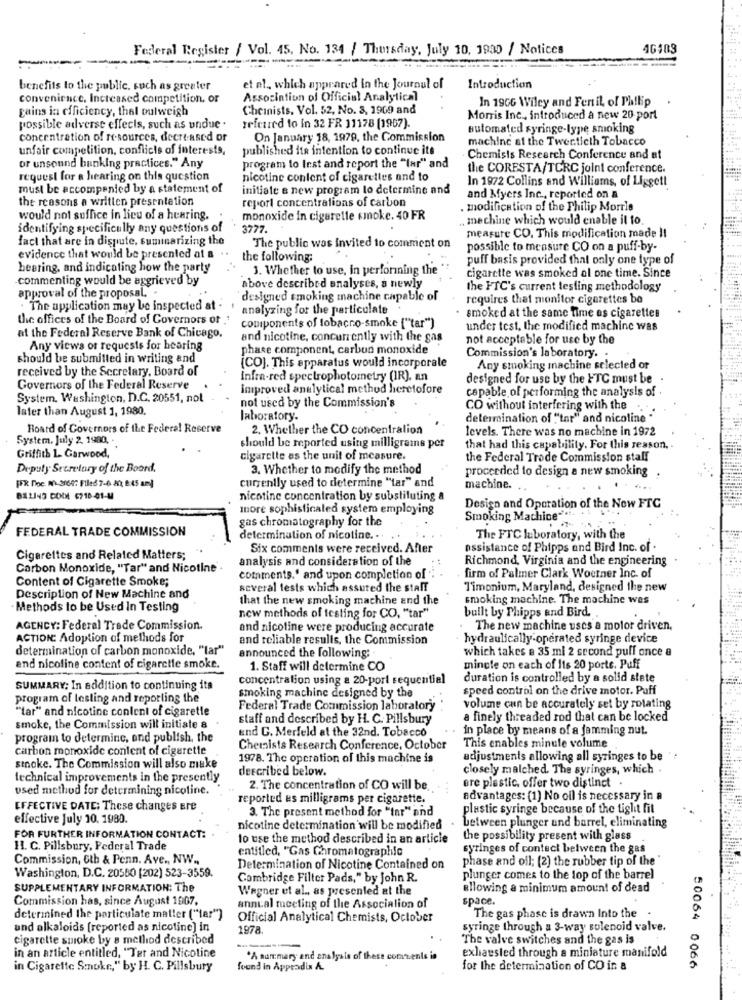
Federal Register / Vol. 45. No. 134 / Thursday, July 10, 1930 / Notices
46103
-
------
benefits to the public, such as greater
et al ., which appeared in the Journal of
Introduction
convenience. Increased competition, or
Association of Official Analytical
In 1966 Wiley and Fertil, of Philip .
gains in efficiency, thal outweigh
Cheinists, Vol. 52, No. 3, 1969 and
Morris Inc ., introduced a new 20 port
possible adverse effects, such as undue .
referred to in 32 FR 11178 (1967).
automated syringe-type smoking
concentration of resources, decreased or
On January 18, 1979, the Commission
machine at the Twentieth Tobacco
unfair competition, conflicts of interests,
published its intention to continue its
or unsound banking practices." Any
Chemists Research Conference and af
program to Inst and report the "lar" and
the CORESTA/TCRC joint conference.
request for a hearing on this question
nicotine content of cigarettes and to
In 1972 Collins and Williams, of Liggett
must be accompanied by a statement of
initiale e new program to determine and
the reasons a written presentation
report concentrations of carbon
and Myers Inc ., reported on a
. modification of the Philip Morris
would not suffice in lieu of a hearing.
monoxide in cigarette smoke. 40 FR
. mechine which would enable il to.
identifying specifically any questions of
3777.
measure CO. This modification made Il
fact that are in dispute, cuminarizing the
The public was invited to comment on
possible to measure CO on a puff-by-
evidence that would be presented at a ..
the following:
puff basis provided that only one type of
hearing, and indicating how the party
3. Whether to use, in performing the
cigarette was smoked ol one time. Since
commenting would be aggrieved by
approval of the proposal. .
above described analyses, a newly
the FIC's current testing methodology
designed smoking machine capable of
requires that monitor cigarettes be
. The application may be inspected at .
analyzing for the particulate
the offices of the Board of Governors of '
smoked at the same time as cigarettes
at the Federal Reserve Bank of Chicago,
components of tobacco-smoke ["tar")
under test, the modified machine was
and nicotine, concurrently with the gas
not acceptable for use by the
Any views of requests for hearing
phase component, carbon monoxide
should be submitted in writing and
Commission's laboratory. .
received by the Secretary, Board of
(CO). This apparatus would incorporale
Any smoking machine selected or
Infra-red spectrophotometry (IR). an
designed for use by the FTC must be
Governors of the Federal Reserve
improved analytical method heretofore
capable of performing the analysis of
System, Washington, D.C. 20551, not
later than August 1, 1980.
not used by the Commission's
CO without interfering with the
laboratory.
determination of ""tar" and nicoline "
Board of Governors of the Federal Reserve
2. Whether the CO concentralion
levels. There was no machine in 1972
System. July 2. 1980,
should be reported using milligrams per
that had this capability. For this reason,
Griffith 1. Garwood,
cigarette es the unit of measure.
the Federal Trade Commission staff
Deputy Secretary of the Board.
3. Whether to modify the method
proceeded to design a new smoking
currently used to determine "tar" and
FFR noe. N'Y 21647 FFiled 7-6 2, 8:45 am)
machine.
BILING COM 6718-01-M
nicotine concentration by substituting a
more sophisticated system employing
Design and Operation of the Now FTC
gas chromatography for the
Smoking Machine"
FEDERAL TRADE COMMISSION
determination of nicotine. ..
The FTC laboratory, with the
Six comments were received. After
assistance of Phipps and Bird Inc. of .
Cigarettes and Related Matters;
analysis and consideration of the
Richmond, Virginia and the engineering
Carbon Monoxide, "Tar" and Nicotine"
firm of Palmer Clark Woetner Inc. of
Content of Cigarette Smoke;
comments.' and upon completion of :
several tests which assured the staff
Timonium, Maryland, designed the new
Description of New Machine and
that the new smoking machine and the
smoking machine. The machine wes
Methods to be Used In Testing
built by Phipps and Bird.
new methods of testing for CO, "tar"
AGENCY: Federal Trade Commission.
and nicotine were producing accurate
The new machine uses a motor driven.
ACTIONC Adoption of methods for
and reliable results, the Commission
hydraulically-operated syringe device
determination of carbon monoxide, "lar"
which takes e 35 ml 2 second puff once a
announced the following :.
and nicoline content of cigarette smoke.
1. Staff will determine CO
mingle on each of Its 20 porte. Puff
concentration using a 20-port sequential
duration is controlled by a solid state
SUMMARY: In addition to continuing its
speed control on the drive motor. Puff
program of testing and reporting the
smoking machine designed by the
Federal Trade Commission laboratory
volume can be accurately set by rotating
"tar" and nicotine conlent of cigarette
staff and described by H. C. Pillsbury
a finely threaded rod that can be locked
smoke, the Commission will initiate 8
and C. Merfeld at the 32nd. Tobacco
in place by means of a jamming nut.
program to determine, and publish, the
carbon monoxide content of cigarette
Chemists Research Conference, October
This enables minute volume
1978. The operation of this machine is
adjustments allowing all syringes to be
stoke. The Commission will also make
described below.
closely malched. The syringes, which .
technical improvements in the presently
used method for determining nicotine.
2. The concentration of CO will be.
ere plastic, offer two distinct .
reported as milligrams per cigarette.
advantages: (1) No oil is necessary in a
EFFECTIVE DATE: These changes Ere
3. The present method for "tar" and
plastic syringe because of the tight fit
effective July 10, 1980.
between plunger and barrel, eliminating
nicotine determination will be modified
FOR FURTHER INFORMATION CONTACT:
to use the method described in an article
the possibility present with glass
H. C. Pillsbury, Federal Trade
entitled, "Gas Chromatographic
syringes of contect between the gas
Commission, 6th & Penn. Ave ., NW .,
phase and oil; (2) the rubber tip of the'
Washington, D.C. 20550 (202) 523-3559.
Determination of Nicotine Contained on
Cambridge Filter Pads," by John R.
plunger comes to the top of the barrel
SUPPLEMENTARY INFORMATION: The
Wagner et al ., as presented at the
allowing a minimum amount of dead
Commission has, since August 1907.
space.
annual meeting of the Association of
determined the particulate matter ("tar")
Official Analytical Chemists, October
The gas phase is drawn Into the
und alkaloids [reported as nicotine) in
197
syringe through a 3-way solenoid valve.
cigarette smoke by a method described
The valve switches and the gas is
exhausted through a miniature manifold
in an article entitled, "Ter and Nicotine
A summary and ana
in Cigarette Smoke," by H. C. Pillsbury
found in Appradix A.
for the determination of CO in &
50064 0066